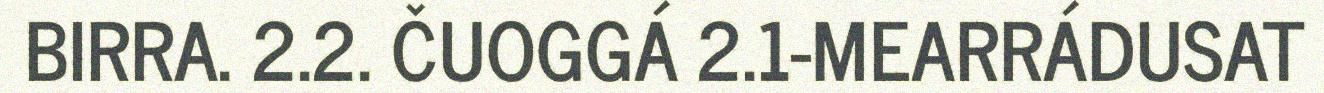
BIRRA. 2.2. ČUOGGÁ 2.1-MEARRÁDUSAT